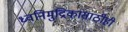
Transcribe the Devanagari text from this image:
ध्वनिमुद्रिकांसाठीही